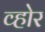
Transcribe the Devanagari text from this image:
व्होर